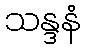
သန္ဒနံ